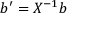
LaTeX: b ^ { \prime } = X ^ { - 1 } b